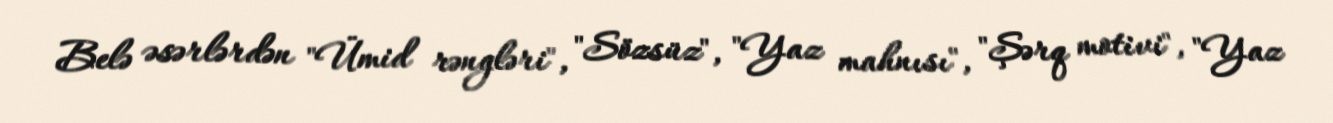
Belə əsərlərdən "Ümid rəngləri", "Sözsüz", "Yaz mahnısı", "Şərq motivi", "Yaz